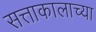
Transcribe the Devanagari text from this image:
सत्ताकालाच्या